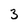
Character: 3